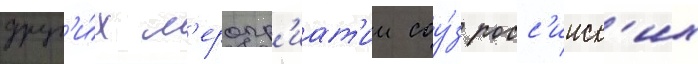
друг'и́х м'еропр'иат'ии соу́з росс'ииск'их